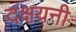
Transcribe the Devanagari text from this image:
दक्षयनी